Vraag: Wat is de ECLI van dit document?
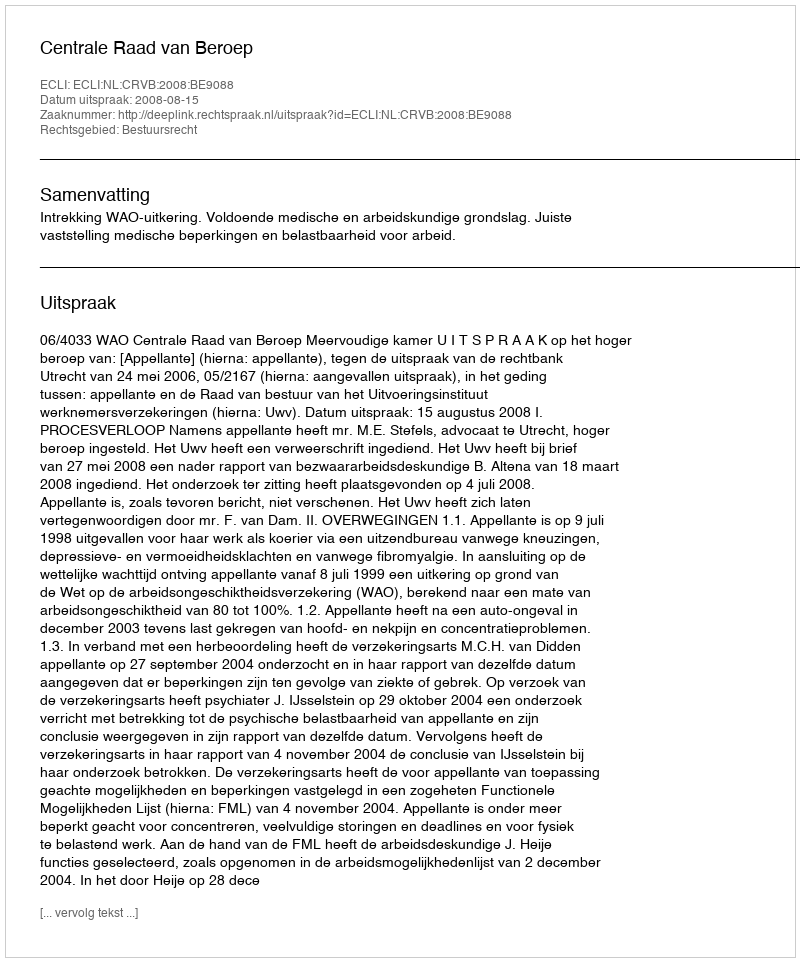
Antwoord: ECLI:NL:CRVB:2008:BE9088